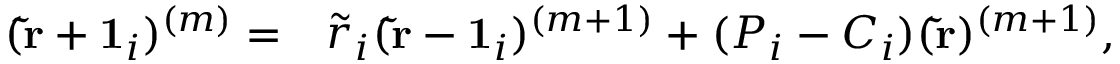
\begin{array} { r l } { ( \mathbf { \tilde { r } } + \mathbf { 1 } _ { i } ) ^ { ( m ) } = } & { { } \tilde { r } _ { i } ( \mathbf { \tilde { r } } - \mathbf { 1 } _ { i } ) ^ { ( m + 1 ) } + ( P _ { i } - C _ { i } ) ( \mathbf { \tilde { r } } ) ^ { ( m + 1 ) } , } \end{array}